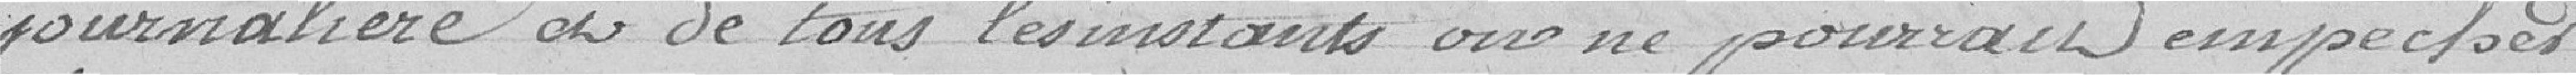
journalière de tous les instants on ne pourrait empêcher